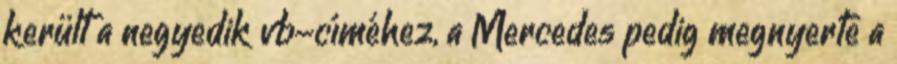
került a negyedik vb-címéhez, a Mercedes pedig megnyerte a